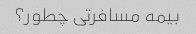
بیمه مسافرتی چطور؟